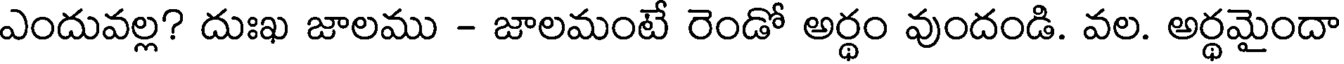
ఎందువల్ల? దుఃఖ జాలము - జాలమంటే రెండో అర్థం వుందండి. వల. అర్థమైందా